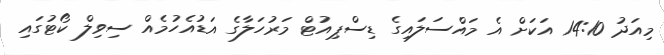
މިއަދު 14:10 އަކަށް އެ މައްސަލައިގެ ޑިސްޕިއުޓް މަރުހަލާގެ އަޑުއެހުމެއް ސިވިލް ކޯޓުގައި